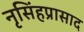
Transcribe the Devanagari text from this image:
नृसिंहप्रासाद